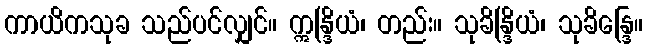
ကာယိကသုခ သည်ပင်လျှင်။ ဣန္ဒြိယံ၊ တည်း။ သုခိန္ဒြိယံ၊ သုခိန္ဒြေ။